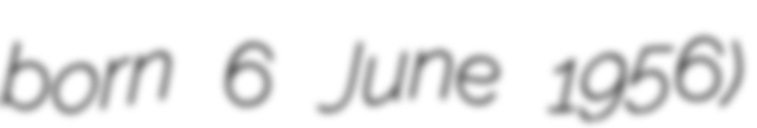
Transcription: born 6 June 1956)